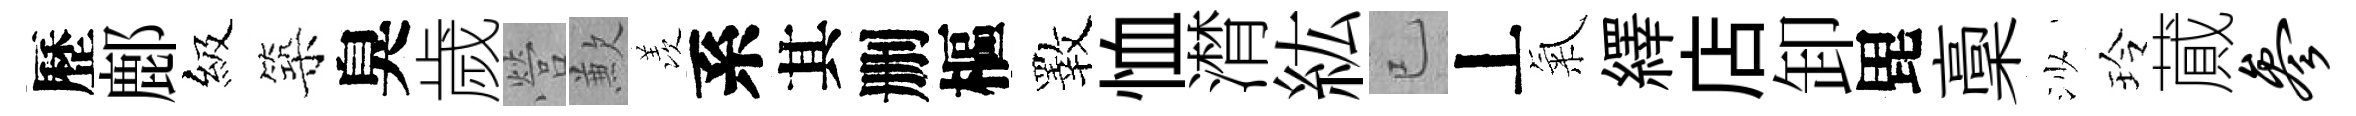
歷鄜級築臭歲營歉羡系其删樞斁恤潸紘已丄氣繹店卸毘稾沙玲蕆参